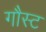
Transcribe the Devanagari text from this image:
गौस्ट